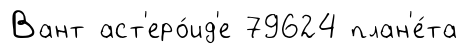
Вант аст'еро́ид'е 79624 план'е́та